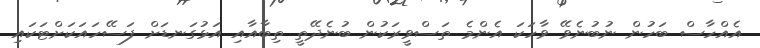
އެއްހާސް ބަހުން ނުބުނެވޭ ވާހަކަ އެންމެ ތަސްވީރަކުން ބުނެދޭތީ ތިބާއާއި އަޅުގަނޑަށް ފަސޭހައަކަށްޓަކައި